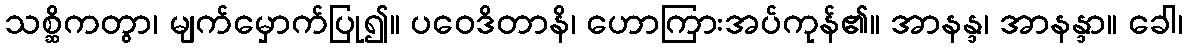
သစ္ဆိကတွာ၊ မျက်မှောက်ပြု၍။ ပဝေဒိတာနိ၊ ဟောကြားအပ်ကုန်၏။ အာနန္ဒ၊ အာနန္ဒာ။ ခေါ၊